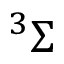
^ { 3 } \Sigma